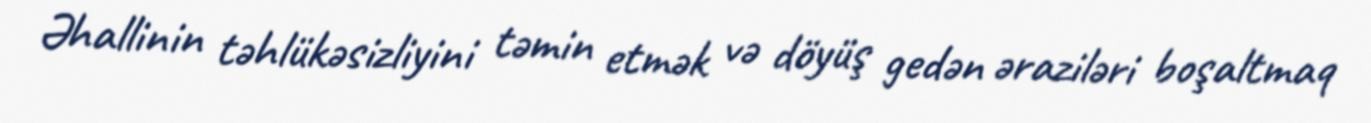
Əhallinin təhlükəsizliyini təmin etmək və döyüş gedən əraziləri boşaltmaq